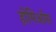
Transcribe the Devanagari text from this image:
होमिओस